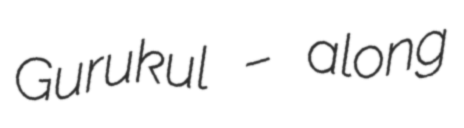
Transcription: Gurukul – along